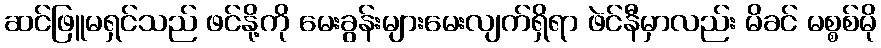
ဆင်ဖြူမရှင်သည် ဖင်နို့ကို မေးခွန်းများမေးလျက်ရှိရာ ဖဲင်နီမှာလည်း မိခင် မစ္စစ်မို